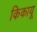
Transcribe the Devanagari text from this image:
किकायू